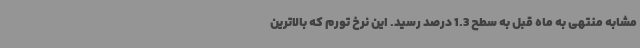
مشابه منتهی به ماه قبل به سطح 1.3 درصد رسید. این نرخ تورم که بالاترین